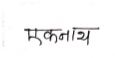
मजकूर: एकनाथ